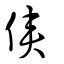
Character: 俠